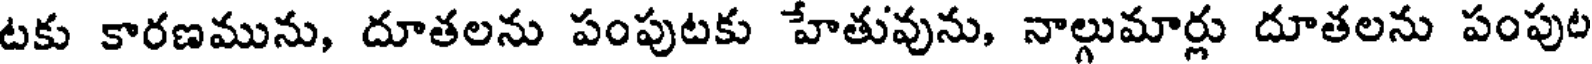
టకు కారణమును, దూతలను పంపుటకు హేతువును, నాల్గుమార్లు దూతలను పంపుట